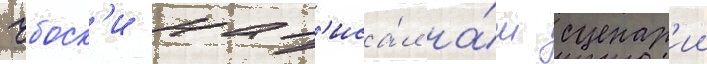
чбоск'и нап'иса́л на́ш сценар'ии